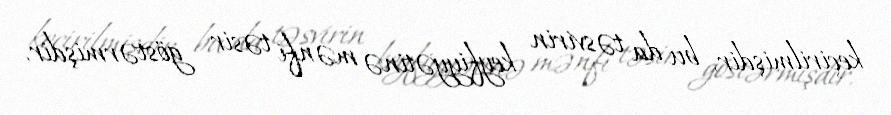
keçirilmişdir, bu da təsvirin keyfiyyətinə mənfi təsir göstərmişdir.